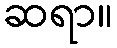
ဆရာ။